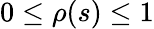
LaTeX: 0\leq\rho(s)\leq 1